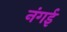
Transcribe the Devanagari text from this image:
नंगई